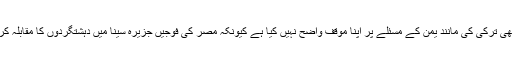
مشہور تجزیہ نگار عبد الباری عطوان نے مزید بتایا کہ “مصر نے بھی ترکی کی مانند یمن کے مسئلے پر اپنا موقف واضح نہیں کیا ہے کیونکہ مصر کی فوجیں جزیرہ سینا میں دہشتگردوں کا مقابلہ کررہی ہیں اور لیبیا کی ناامنی مصر کے سلامتی کو چیلنج کررہی ہیں۔